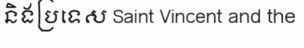
និងប្រទេស Saint Vincent and the